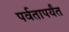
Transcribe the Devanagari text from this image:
पर्वतापर्यंत